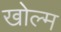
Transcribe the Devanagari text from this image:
खोल्म